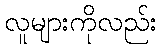
လူများကိုလည်း